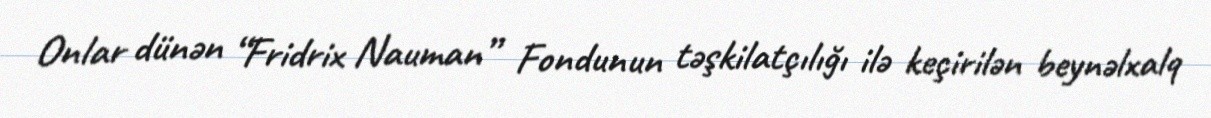
Onlar dünən “Fridrix Nauman” Fondunun təşkilatçılığı ilə keçirilən beynəlxalq